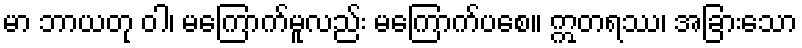
မာ ဘာယတု ဝါ၊ မကြောက်မူလည်း မကြောက်ပစေ။ ဣတရဿ၊ အခြားသော